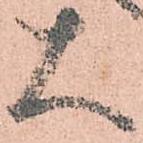
大